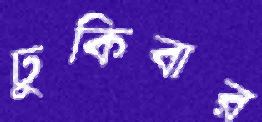
ঢুকিবার